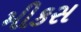
મીકસ